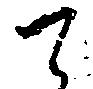
て